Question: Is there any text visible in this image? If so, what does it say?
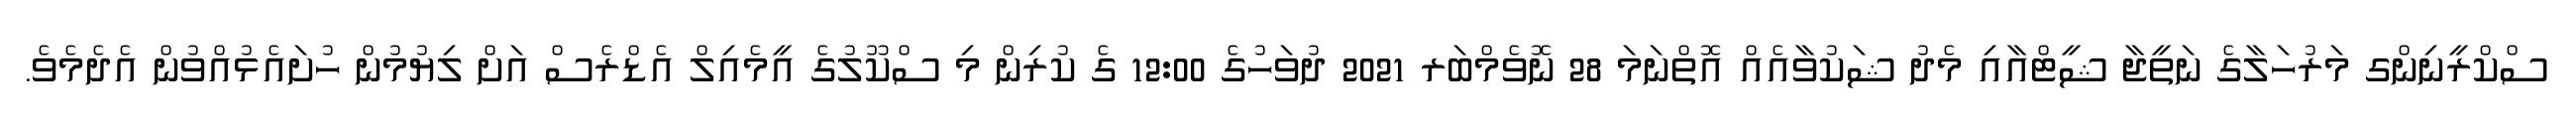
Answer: ސްކްރީނިންގ މަރުހަލާގެ ނަތީޖާ ޝީޓްއާއި މެދު ޝަކުވާއެއް އޮތްނަމަ 28 ނޮވެމްބަރ 2021 ދުވަހުގެ 12:00 ގެ ކުރިން މި ސްކޫލުގެ އީމެއިލް އެޑްރެސް އަށް ލިޔުމުން ހުށައެޅުއްވުން އެދެމެވެ.